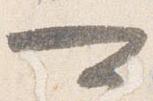
可